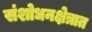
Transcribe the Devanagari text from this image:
संशोधनक्षेत्रात